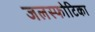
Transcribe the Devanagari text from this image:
जलस्फोटिका